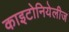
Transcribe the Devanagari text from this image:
काइटोनियेलीज